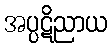
အပ္ပဋိညာယ